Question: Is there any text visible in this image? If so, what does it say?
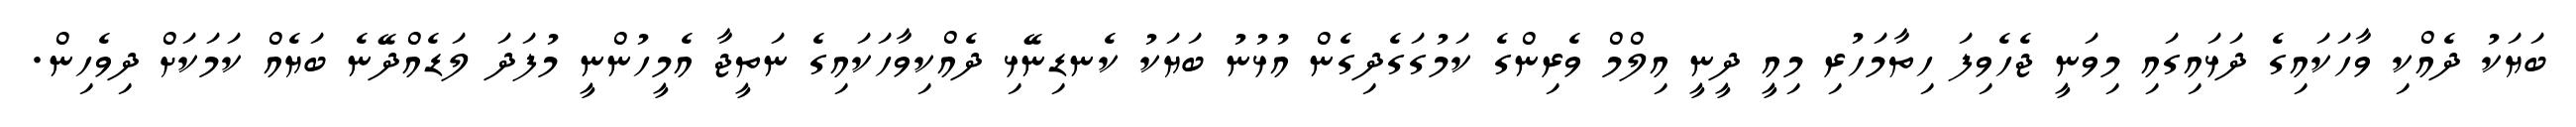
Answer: ބަޔަކު ދެއްކި ވާހަކައިގެ ދަޅައިގައި މިވަނީ ޖެހެވިފަ ހިތާމަހުރި މިއީ ދީނީ އިލްމް ވެރިންގެ ކަމުގަގެދިގެން އުޅުނު ބަޔަކު ކެނޑިނޭޅި ދެއްކިވާހަކައިގެ ނަތީޖާ އެމީހުންނީ މުފަދަ ލަޑެއްދޭނެ ބަޔެއް ކަމަކަށް ދިވެހިން.